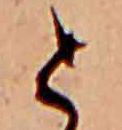
と